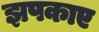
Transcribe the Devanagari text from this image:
झपकाए